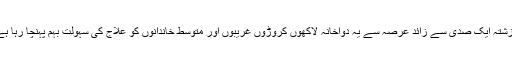
گزشتہ ایک صدی سے زائد عرصہ سے یہ دواخانہ لاکھوں کروڑوں غریبوں اور متوسط خاندانوں کو علاج کی سہولت بہم پہنچا رہا ہے۔